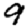
Digit: 9